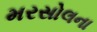
મરસોલના